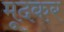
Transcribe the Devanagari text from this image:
मूदकर